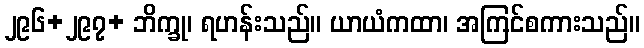
၂၉၆+၂၉၇+ ဘိက္ခု၊ ရဟန်းသည်။ ယာယံကထာ၊ အကြင်စကားသည်။